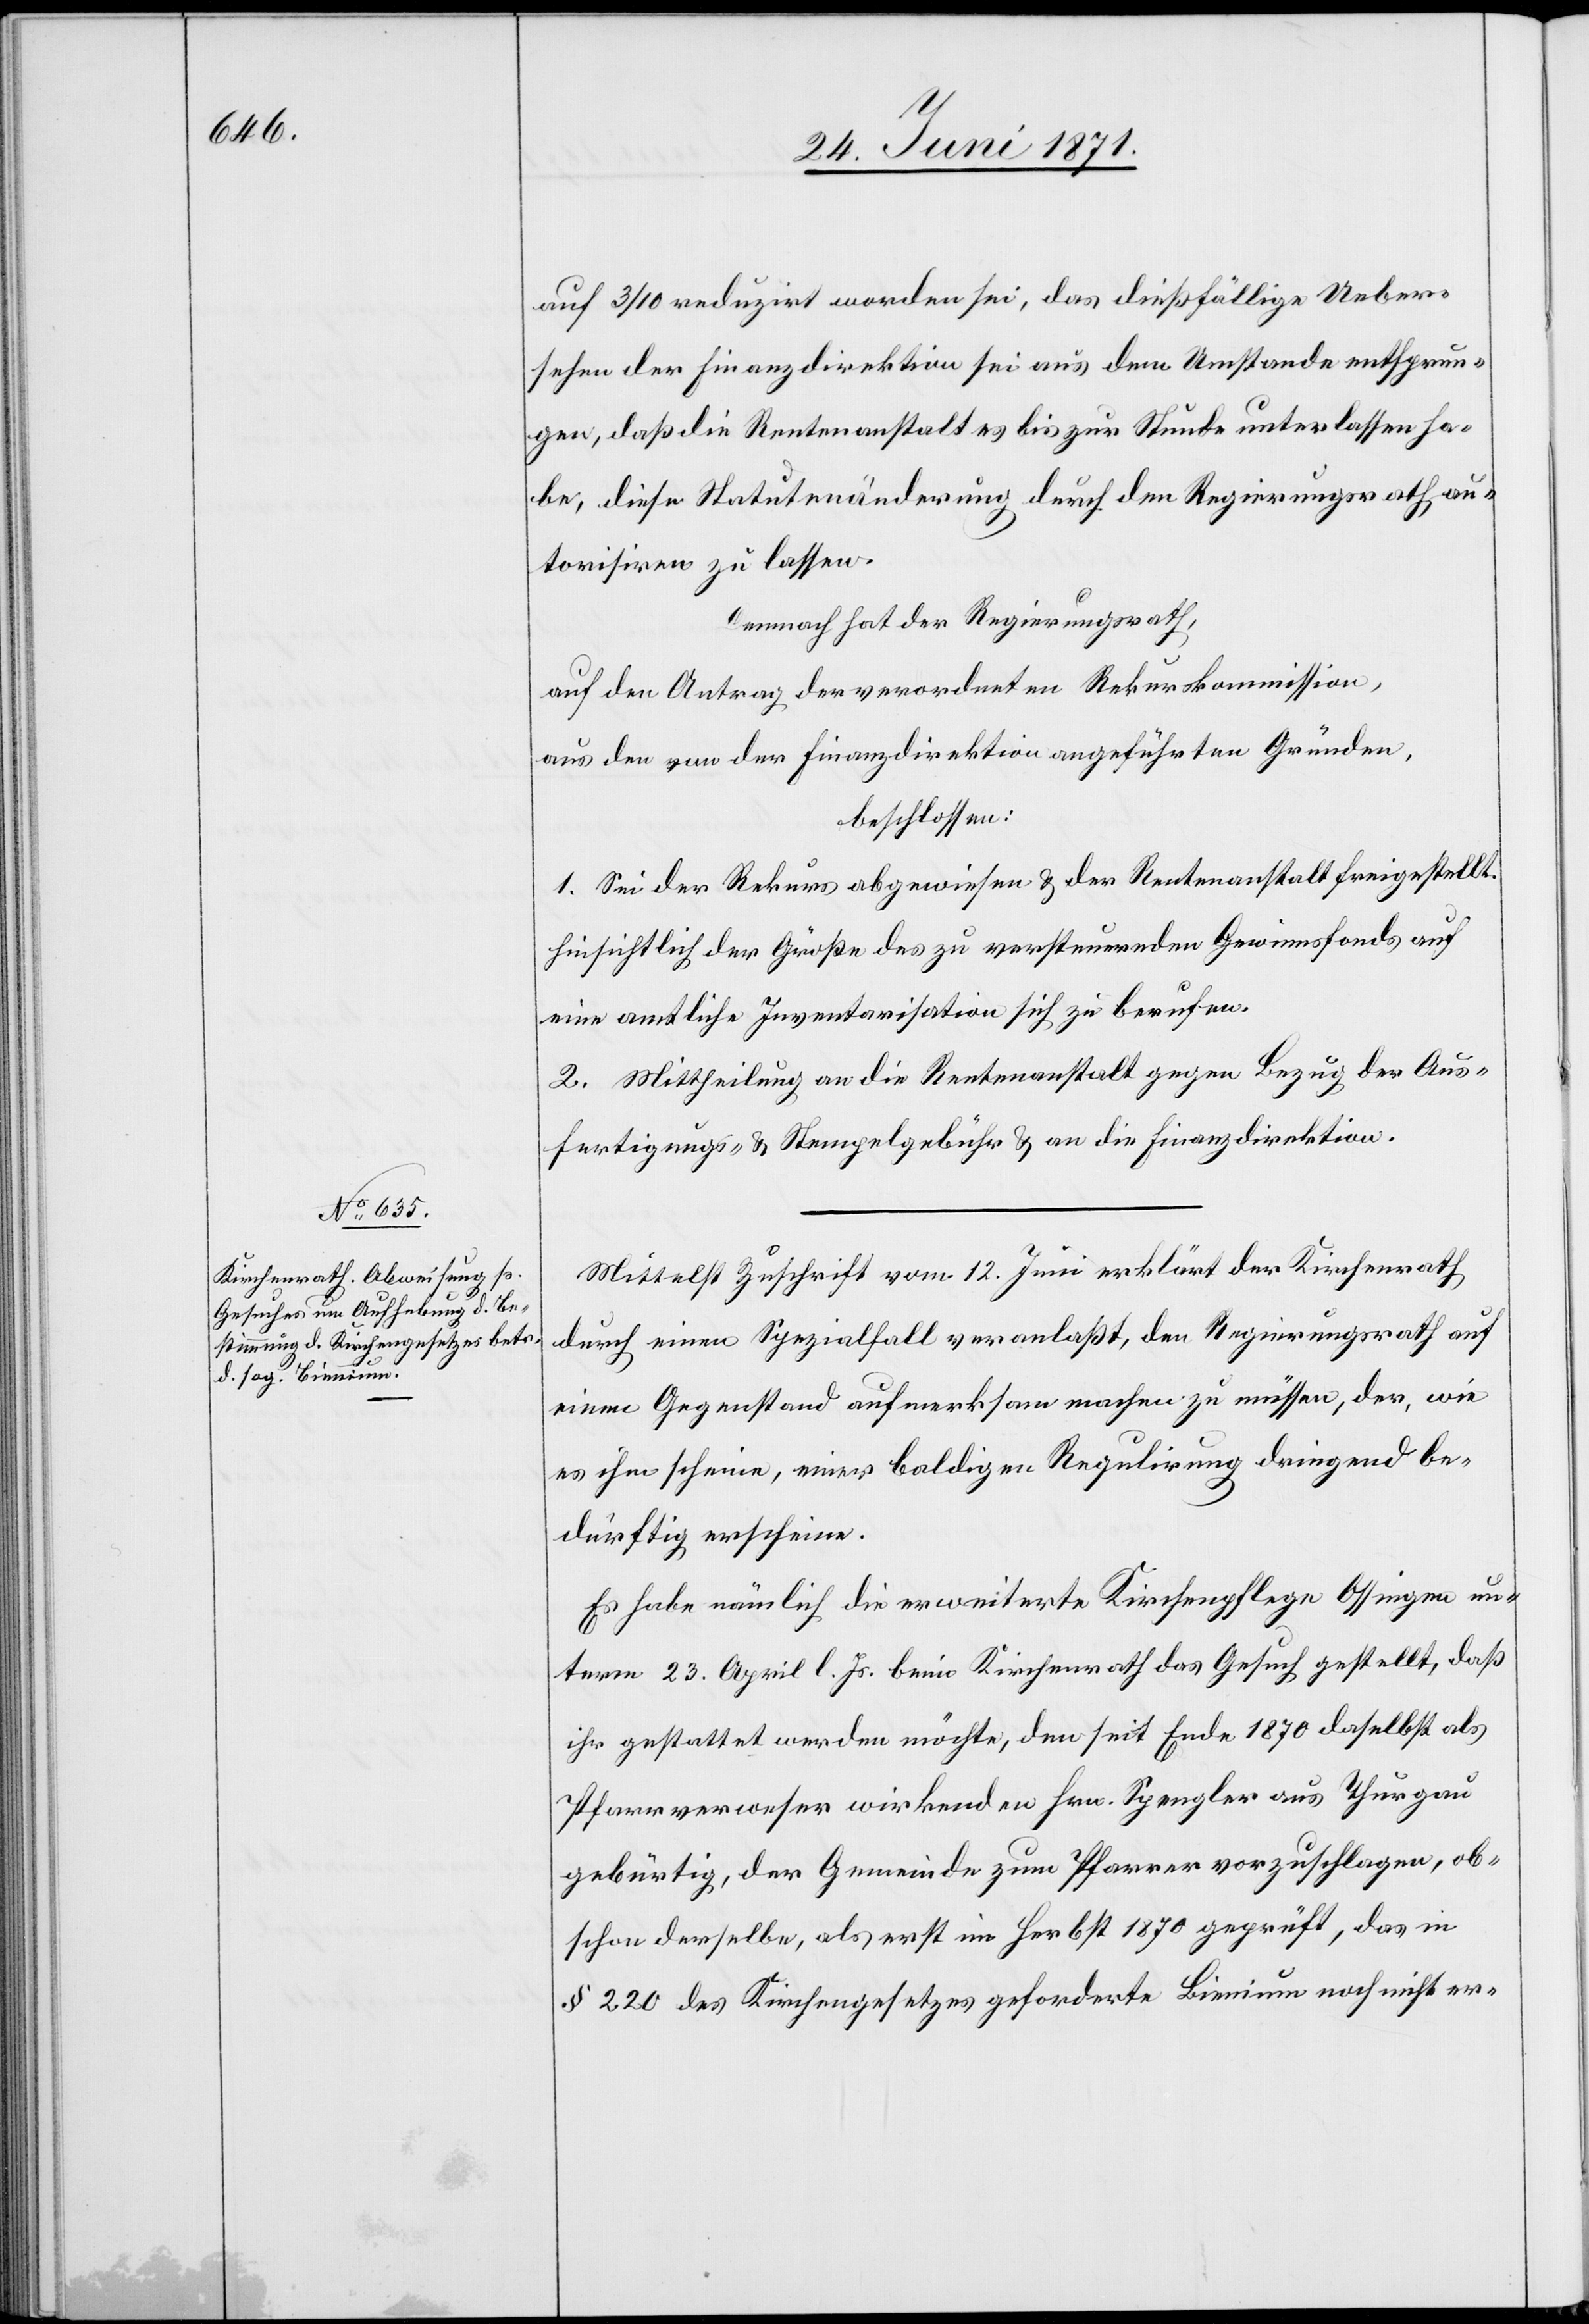
auf 3/10 reduzirt worden sei, das dießfällige Ueber¬
sehen der Finanzdirektion sei aus dem Umstande entsprun¬
gen, daß die Rentenanstalt es bis zur Stunde unterlassen ha¬
be, diese Statutenänderung durch den Regierungsrath au¬
torisiren zu lassen.
Demnach hat der Regierungsrath,
auf den Antrag der verordneten Rekurskommission,
aus den von der Finanzdirektion angeführten Gründen,
beschlossen:
1. Sei der Rekurs abgewiesen u. der Rentenanstalt freigestellt
hinsichtlich der Größe des zu versteuernden Gewinnsfonds auf
eine amtliche Inventarisation sich zu beruhen.
2. Mittheilung an die Rentenanstalt gegen Bezug der Aus¬
fertigungs- u. Stempelgebühr u. an die Finanzdirektion.
Mittelst Zuschrift vom 12. Juni erklärt der Kirchenrath
durch einen Spezialfall veranlaßt, den Regierungsrath auf
einen Gegenstand aufmerksam machen zu müssen, der, wie
es ihm scheine, einer baldigen Regulirung dringend be¬
dürftig erschiene.
Es habe nämlich die erweiterte Kirchenpflege Ossingen un¬
term 23. April l. Js. beim Kirchenrath das Gesuch gestellt, daß
ihr gestattet werden möchte, den seit Ende 1870 daselbst als
Pfarrverweser wirkenden Hrn. Spengler aus Thurgau
gebürtig, der Gemeinde zum Pfarrer vorzuschlagen, ob¬
schon derselbe, als erst im Herbst 1870 geprüft, das in
§ 220 des Kirchengesetzes geforderte Bienium noch nicht er-